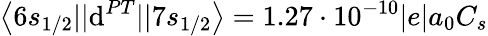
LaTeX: \left\langle6s_{1/2}||\mathrm{d}^{PT}||7s_{1/2}\right\rangle=1.27\cdot10^{-10}|e|a_{0}C_{s}